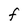
Character: f